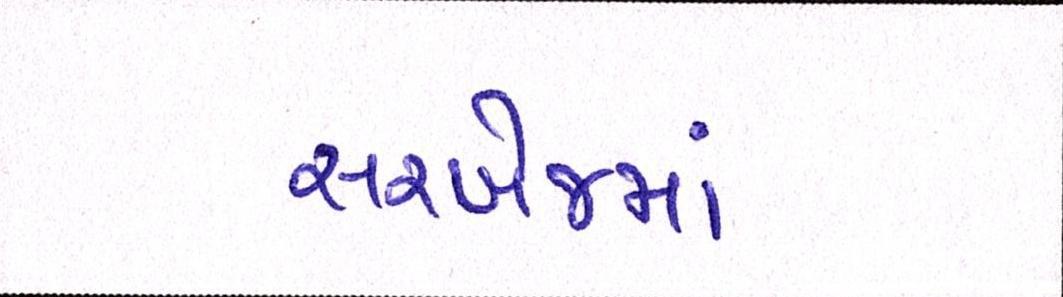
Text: સરખેજમાં